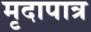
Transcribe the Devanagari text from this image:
मृदापात्र